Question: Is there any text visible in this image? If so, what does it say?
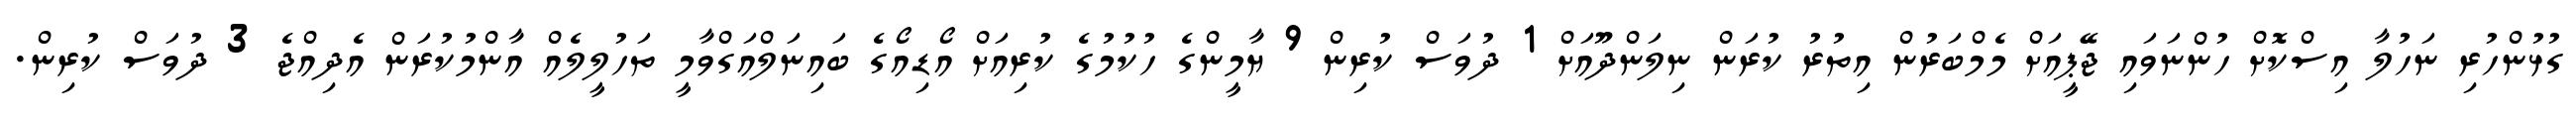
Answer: ގުޅުންހުރި ނަހުލާ އިސްކޮށް ހުންނަވައި ޖޭޕީއަށް މެމްބަރުން އިތުރު ކުރަން ނިލަންދޫއަށް 1 ދުވަސް ކުރިން 9 ޔާމީންގެ ހުކުމުގެ ކުރިއަށް އޯޑިއޯގެ ބައިނަލްއަގްވާމީ ތަހުލީލެއް އާންމުކުރަން އެދިއްޖެ 3 ދުވަސް ކުރިން.